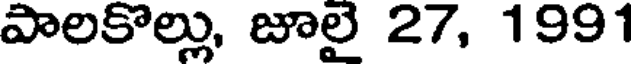
పాలకొల్లు, జూలై 27, 1991